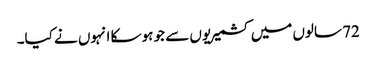
72 سالوں میں کشمیریوں سے جو ہو سکا انہوں نے کیا۔